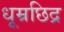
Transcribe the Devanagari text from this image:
धूम्रछिद्र